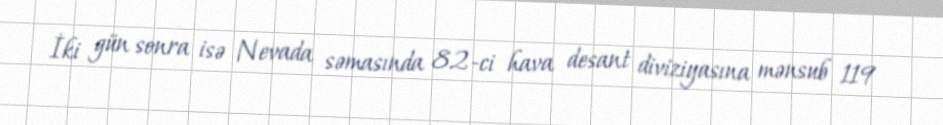
İki gün sonra isə Nevada səmasında 82-ci hava desant diviziyasına mənsub 119